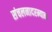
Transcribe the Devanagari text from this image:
संचलनादरम्यान